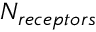
N _ { r e c e p t o r s }